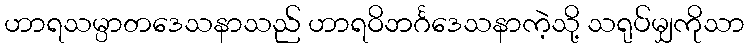
ဟာရသမ္ပာတဒေသနာသည် ဟာရဝိဘင်္ဂဒေသနာကဲ့သို့ သရုပ်မျှကိုသာ